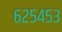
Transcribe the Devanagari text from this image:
६२५४५३